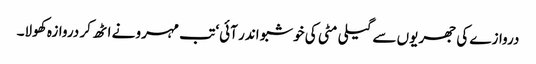
دروازے کی جھریوں سے گیلی مٹی کی خوشبو اندر آئی‘ تب مہرو نے اٹھ کر دروازہ کھولا۔